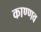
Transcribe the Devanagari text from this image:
काण्णव